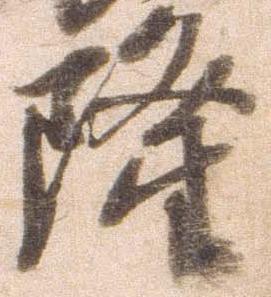
隆